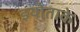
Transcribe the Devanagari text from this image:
इयोताके